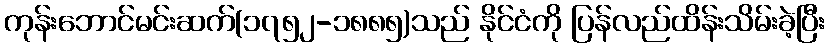
ကုန်းဘောင်မင်းဆက်(၁၇၅၂-၁၈၈၅)သည် နိုင်ငံကို ပြန်လည်ထိန်းသိမ်းခဲ့ပြီး